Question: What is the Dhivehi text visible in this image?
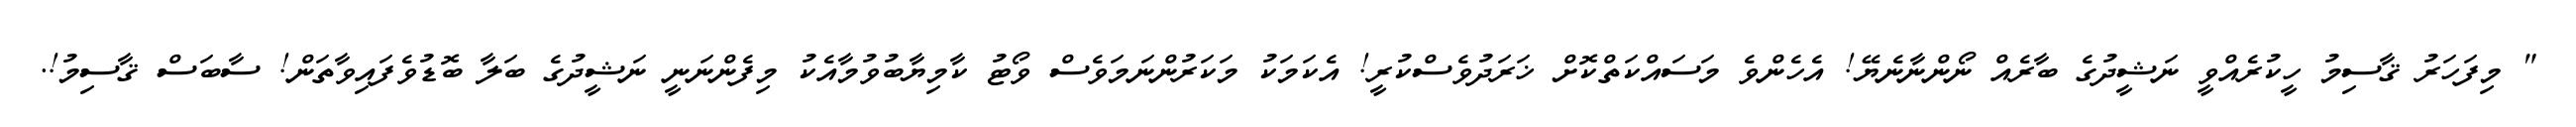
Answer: " މިފަހަރު ޤާސިމު ހީކުރެއްވީ ނަޝީދުގެ ބާރެއް ނޯންނާނެޔޭ! އެހެންވެ މަސައްކަތްކޮށް ޚަރަދުވެސްކުރީ! އެކަމަކު މަކަރުންނަމަވެސް ވޯޓު ކާމިޔާބުވުމާއެކު މިފެންނަނީ ނަޝީދުގެ ބަލާ ބޮޑުވެފައިވާތަން! ސާބަސް ޤާސިމު!.